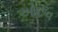
ઓછવ